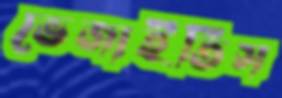
ভেজাইতিস